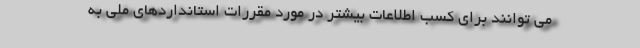
می توانند برای کسب اطلاعات بیشتر در مورد مقررات استانداردهای ملی به